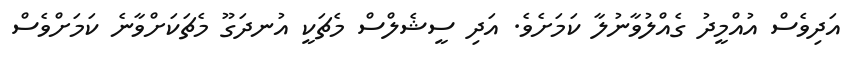
އަދިވެސް އުއްމީދު ގެއްލުވާނުލާ ކަމަށެވެ. އަދި ސީޝެލްސް މެޗަކީ އުނދަގޫ މެޗަކަށްވާނެ ކަމަށްވެސް